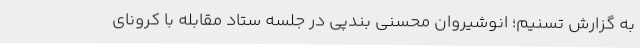
به گزارش تسنیم؛ انوشیروان محسنی بندپی در جلسه ستاد مقابله با کرونای